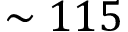
\sim 1 1 5